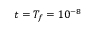
t = T _ { f } = 1 0 ^ { - 8 }